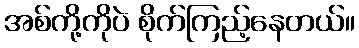
အစ်ကို့ကိုပဲ စိုက်ကြည့်နေတယ်။